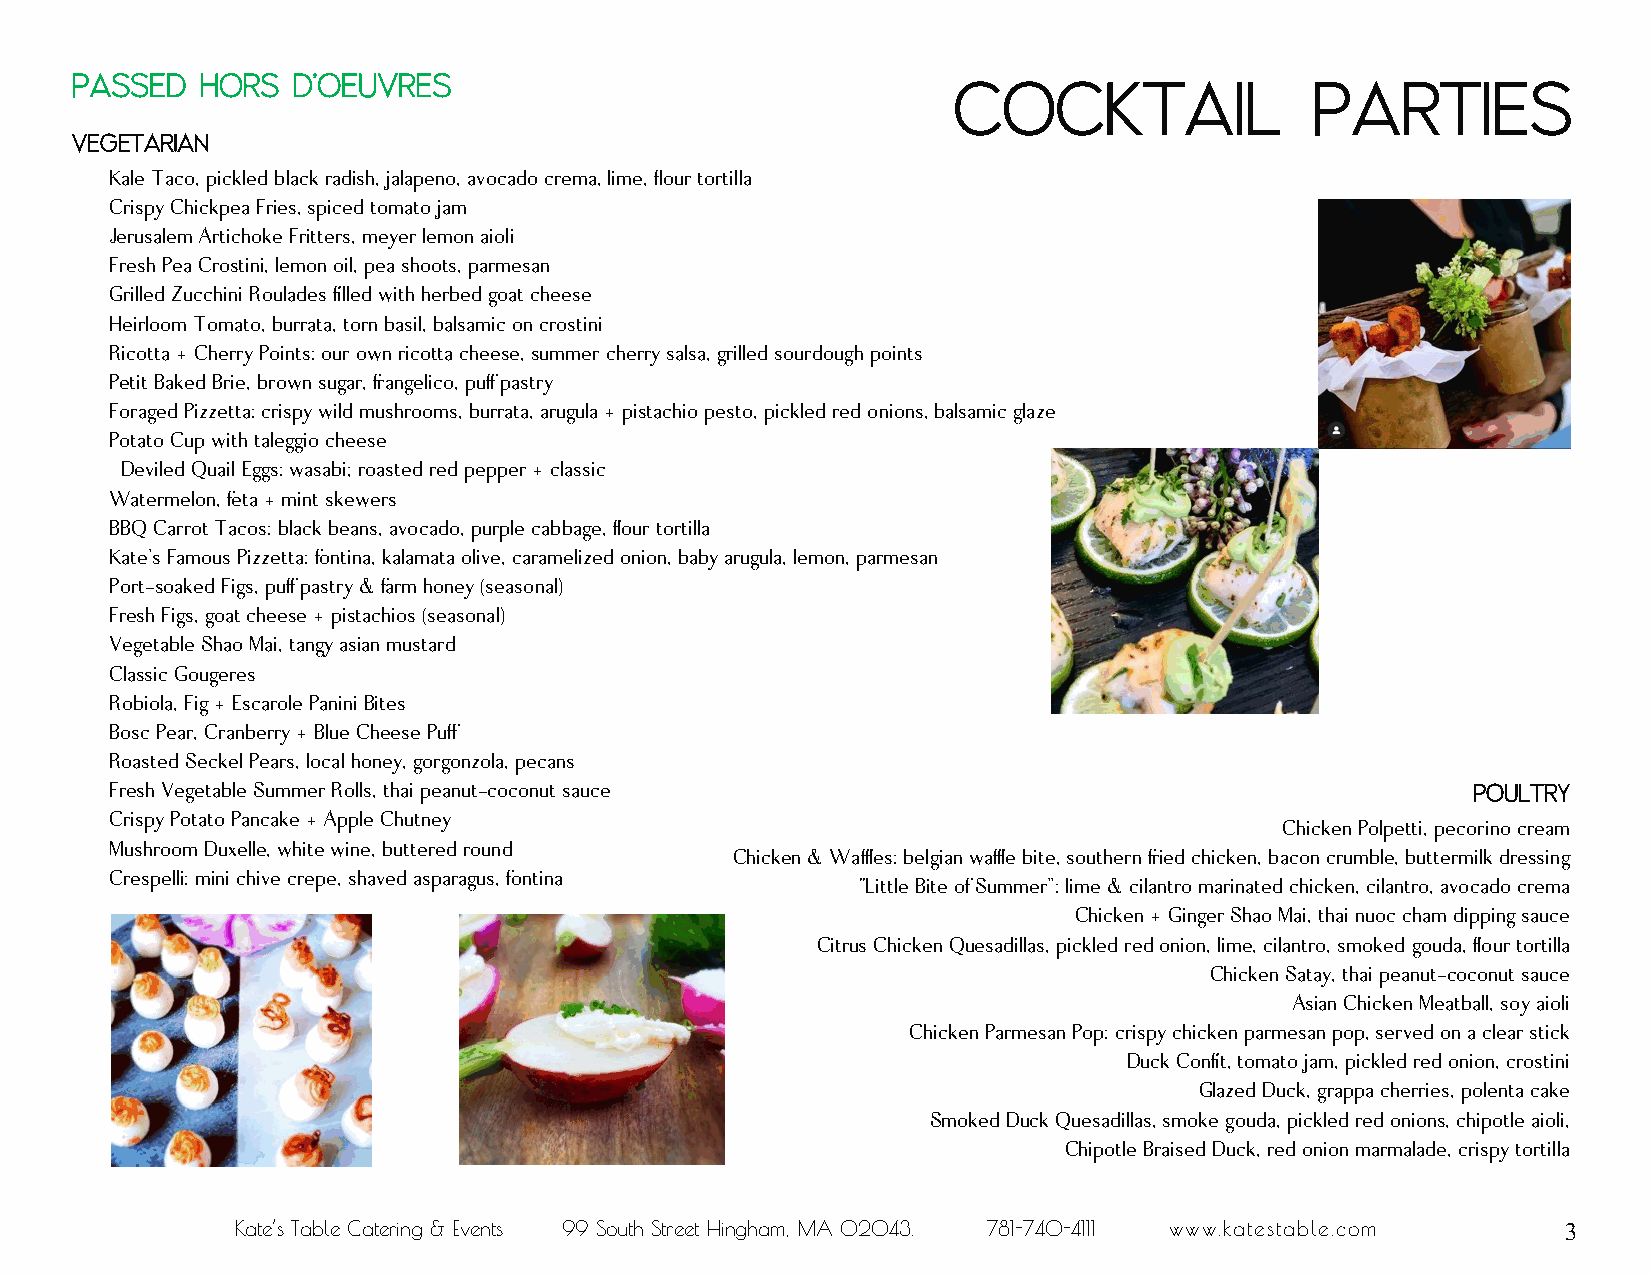
Passed  Hors  d’Oeuvres                                   Cocktail                Parties
 Vegetarian
 K ale Taco, pickled black radish, jalapeno, avocado crema, lime, flour tortilla
 Crispy Chickpea Fries, spiced tomato jam
 Jerusalem Artichoke Fritters, meyer lemon aioli
 Fresh Pea Crostini, lemon oil, pea shoots, parmesan
 Grilled Zucchini Roulades filled with herbed goat cheese
 Heirloom Tomato, burrata, torn basil, balsamic on crostini
 Ricotta + Cherry Points: our own ricotta cheese, summer cherry salsa, grilled sourdough points
 Petit Baked Brie, brown sugar, frangelico, puff pastry
 Foraged Pizzetta: crispy wild mushrooms, burrata, arugula + pistachio pesto, pickled red onions, balsamic glaze
 Potato Cup with taleggio cheese
 Deviled Quail Eggs: wasabi; roasted red pepper + classic
 Watermelon, feta + mint skewers
 BBQ Carrot Tacos: black beans, avocado, purple cabbage, flour tortilla
 Kate’s Famous Pizzetta: fontina, kalamata olive, caramelized onion, baby arugula, lemon, parmesan
 Port-soaked Figs, puff pastry & farm honey (seasonal)
 Fresh Figs, goat cheese + pistachios (seasonal)
 Vegetable Shao Mai, tangy asian mustard
 Classic Gougeres
 Robiola, Fig + Escarole Panini Bites
 Bosc Pear, Cranberry + Blue Cheese Puff
 Roasted Seckel Pears, local honey, gorgonzola, pecans
 Fresh Vegetable Summer Rolls, thai peanut-coconut sauce
 Poultry
 Crispy Potato Pancake + Apple Chutney
 Chicken Polpetti, pecorino cream
 Mushroom Duxelle, white wine, buttered round
 Chicken & Waffles: belgian waffle bite, southern fried chicken, bacon crumble, buttermilk dressing
 C respelli: mini chive crepe, shaved asparagus, fontina
 “Little Bite of Summer”: lime & cilantro marinated chicken, cilantro, avocado crema
 Chicken + Ginger Shao Mai, thai nuoc cham dipping sauce
 Citrus Chicken Quesadillas, pickled red onion, lime, cilantro, smoked gouda, flour tortilla
 Chicken Satay, thai peanut-coconut sauce
 Asian Chicken Meatball, soy aioli
 Chicken Parmesan Pop: crispy chicken parmesan pop, served on a clear stick
 Duck Confit, tomato jam, pickled red onion, crostini
 Glazed Duck, grappa cherries, polenta cake
 Smoked Duck Quesadillas, smoke gouda, pickled red onions, chipotle aioli,
 Chipotle Braised Duck, red onion marmalade, crispy tortilla
 Kate’s Table Catering & Events 99 South Street Hingham, MA 02043. 781-740-4111 www.katestable.com 3